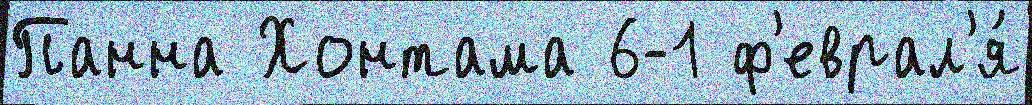
Панна Хонтама 6-1 ф'еврал'я́